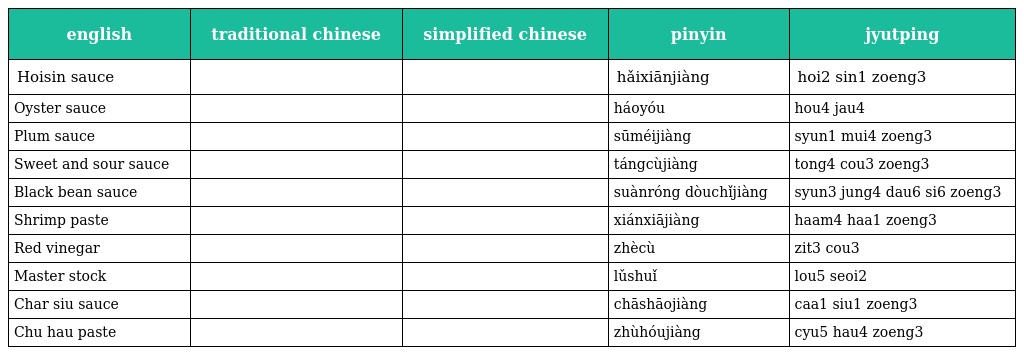
| english | traditional chinese | simplified chinese | pinyin | jyutping |
 | --- | --- | --- | --- | --- |
 | Hoisin sauce | 海鮮醬 | 海鲜酱 | hǎixiānjiàng | hoi2 sin1 zoeng3 |
 | Oyster sauce | 蠔油 | 蠔油 | háoyóu | hou4 jau4 |
 | Plum sauce | 蘇梅醬 | 苏梅酱 | sūméijiàng | syun1 mui4 zoeng3 |
 | Sweet and sour sauce | 糖醋醬 | 糖醋酱 | tángcùjiàng | tong4 cou3 zoeng3 |
 | Black bean sauce | 蒜蓉豆豉醬 | 蒜蓉豆豉酱 | suànróng dòuchǐjiàng | syun3 jung4 dau6 si6 zoeng3 |
 | Shrimp paste | 鹹蝦醬 | 咸虾酱 | xiánxiājiàng | haam4 haa1 zoeng3 |
 | Red vinegar | 浙醋 | 浙醋 | zhècù | zit3 cou3 |
 | Master stock | 滷水 | 卤水 | lǔshuǐ | lou5 seoi2 |
 | Char siu sauce | 叉燒醬 | 叉烧酱 | chāshāojiàng | caa1 siu1 zoeng3 |
 | Chu hau paste | 柱侯醬 | 柱侯酱 | zhùhóujiàng | cyu5 hau4 zoeng3 |